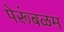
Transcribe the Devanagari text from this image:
पेरूंबळम